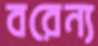
বরেন্য